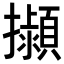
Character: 𢹟